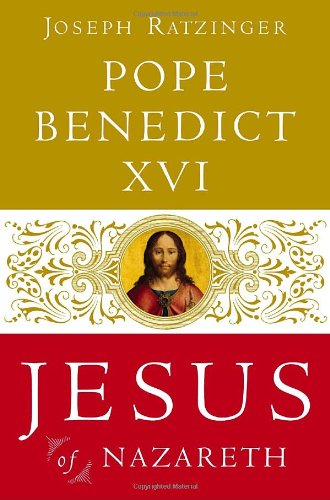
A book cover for Jesus of Nazareth: From the Baptism in the Jordan to the Transfiguration; Pope Benedict XVI; Christian Books & Bibles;